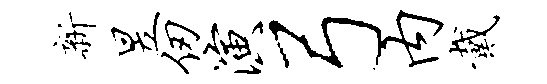
新昱仞演弓内戴